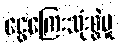
ငွေကြေးသုံးစွဲမှု